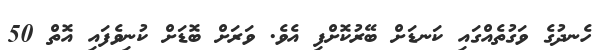
ހެނދުގެ ވަގުތެއްގައި ކަނޑަށް ބޭރުކޮށްފި އެވެ. ވަރަށް ބޮޑަށް ކުނިވެފައި އޮތް 50